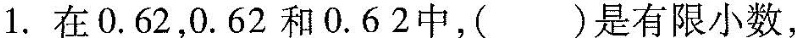
1.在0.62，0.62和0.62中，()是有限小数，